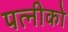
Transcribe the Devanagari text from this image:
पत्नीको